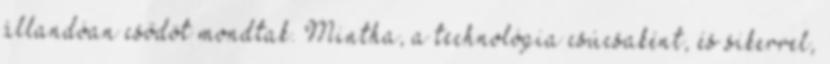
állandóan csődöt mondtak. Mintha, a technológia csúcsaként, és sikerrel,